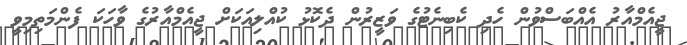
ޖީއެމްއާރު އެއްބަސްވުން ހެދި ކެބިނެޓުގެ ވަޒީރުން ދެކޮޅު ކުއްލިއަކަށް ޖީއެމްއާރުގެ ވާހަކަ ފެންމަތިމިވީ